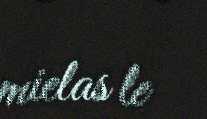
mielas le